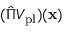
( \hat { \Pi } V _ { \mathrm { p l } } ) ( \mathbf { x } )